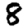
Digit: 8